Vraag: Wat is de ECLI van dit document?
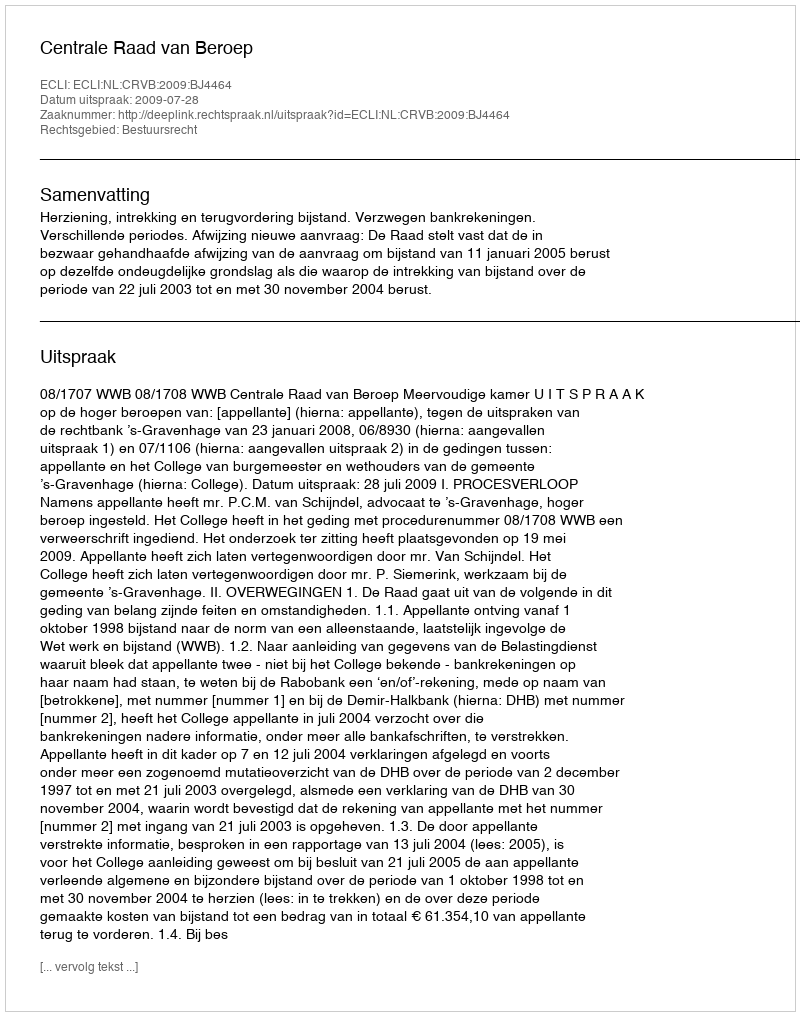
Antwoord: ECLI:NL:CRVB:2009:BJ4464